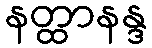
နတ္ထာနန္ဒ